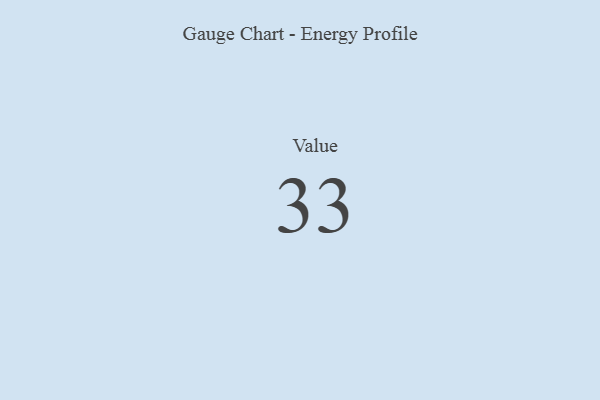
{"axis": {"x": "Metric", "y": "Value"}, "legend": [""], "data": [{"x": "Value", "y": 33, "type": ""}]}